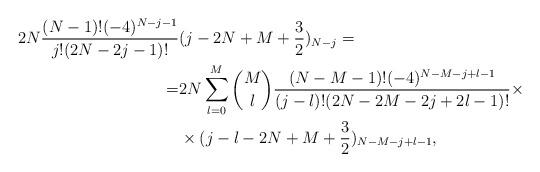
LaTeX: \begin{align*} 2N\frac{(N-1)!(-4)^{N-j-1}}{j!(2N-2j-1)!}&(j-2N+M+\frac 32)_{N-j}=\\ =&2N\sum_{l=0}^M {M\choose l}\frac{(N-M-1)!(-4)^{N-M-j+l-1}}{(j-l)!(2N-2M-2j+2l-1)!}\times\\ &\times (j-l-2N+M+\frac 32)_{N-M-j+l-1}, \end{align*}